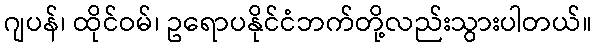
ဂျပန်၊ ထိုင်ဝမ်၊ ဥရောပနိုင်ငံဘက်တို့လည်းသွားပါတယ်။